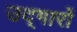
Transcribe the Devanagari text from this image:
उद्‌गारों